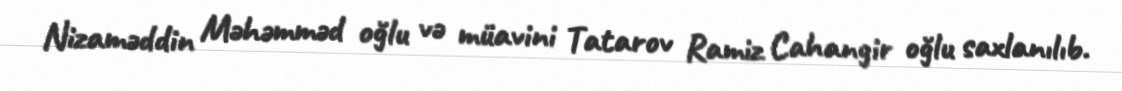
Nizaməddin Məhəmməd oğlu və müavini Tatarov Ramiz Cahangir oğlu saxlanılıb.